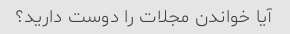
آیا خواندن مجلات را دوست دارید؟